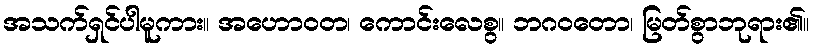
အသက်ရှင်ပါမူကား။ အဟောဝတ၊ ကောင်းလေစွ။ ဘဂဝတော၊ မြတ်စွာဘုရား၏။